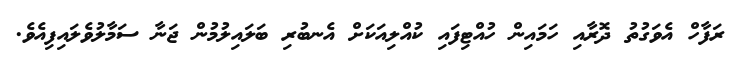
ރަފާހް އެވަގުތު ދޮރާއި ހަމައިން ހުއްޓިފައި ކުއްލިއަކަށް އެނބުރި ބަލައިލުމުން ޖަނާ ސަމާލުވެލައިފިއެވެ.